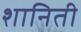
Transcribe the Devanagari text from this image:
शानिती